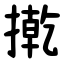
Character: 㨴